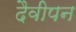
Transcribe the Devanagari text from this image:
दैवीपन